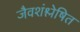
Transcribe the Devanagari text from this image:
जैवशंश्लेषित